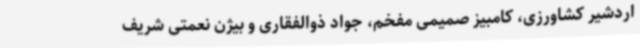
اردشیر کشاورزی، کامبیز صمیمی مفخم، جواد ذوالفقاری و بیژن نعمتی شریف